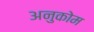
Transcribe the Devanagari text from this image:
अनुकोम